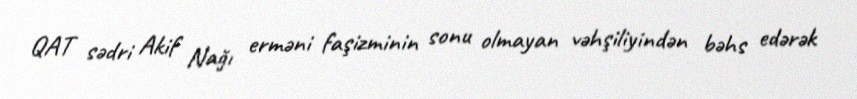
QAT sədri Akif Nağı erməni faşizminin sonu olmayan vəhşiliyindən bəhs edərək